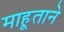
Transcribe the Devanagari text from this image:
माहूताने